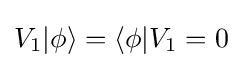
V_{1}|\phi \rangle =\langle \phi |V_{1}=0